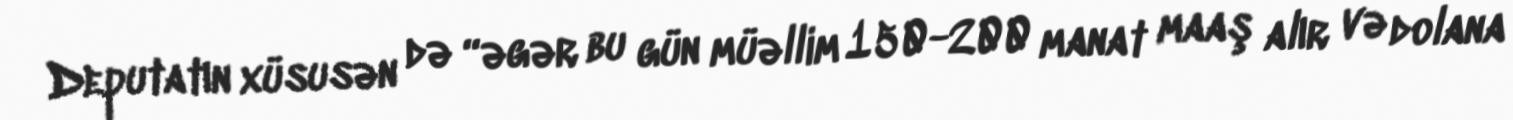
Deputatın xüsusən də “əgər bu gün müəllim 150-200 manat maaş alır və dolana